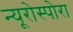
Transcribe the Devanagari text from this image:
न्यूरोस्पोरा